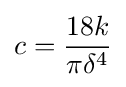
c={\frac {18k}{\pi \delta ^{4}}}